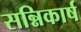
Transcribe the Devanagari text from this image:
सन्निकार्ष